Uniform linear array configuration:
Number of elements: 16
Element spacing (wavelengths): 0.25
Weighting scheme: exponential
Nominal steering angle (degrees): -15
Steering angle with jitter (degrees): -15.275
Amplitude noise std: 0.05
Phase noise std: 0.05

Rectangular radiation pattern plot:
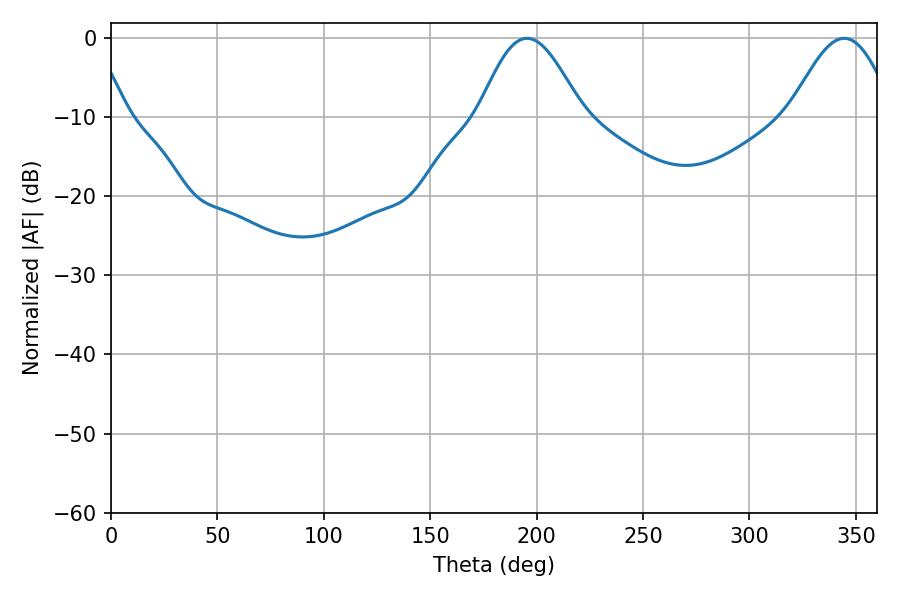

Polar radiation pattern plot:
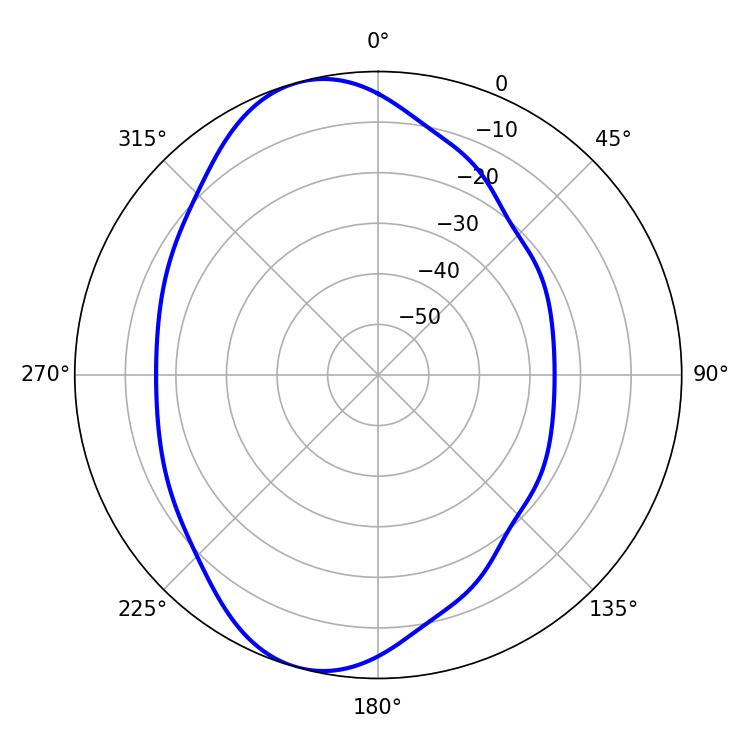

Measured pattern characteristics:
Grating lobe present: FALSE
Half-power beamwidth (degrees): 26.1
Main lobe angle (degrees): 195.48